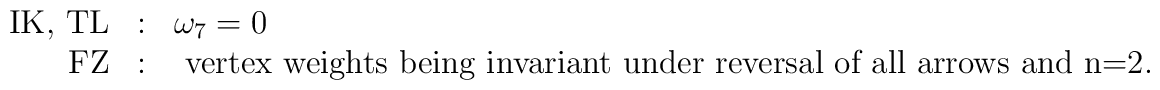
\begin{array}{rll}\mbox{IK, TL}&:&\omega_{7}=0\\\mbox{ FZ}&:&\mbox{ vertex weights being invariant under reversal of all arrows and } $n=2$.\end{array}